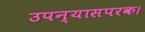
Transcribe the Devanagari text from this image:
उपन्यासपरक।